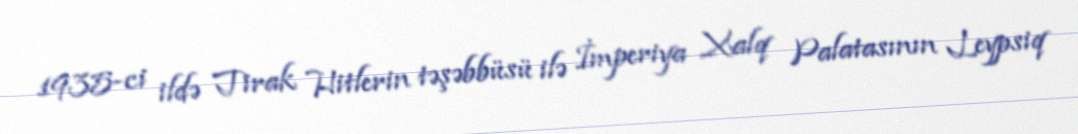
1935-ci ildə Tirak Hitlerin təşəbbüsü ilə İmperiya Xalq Palatasının Leypsiq